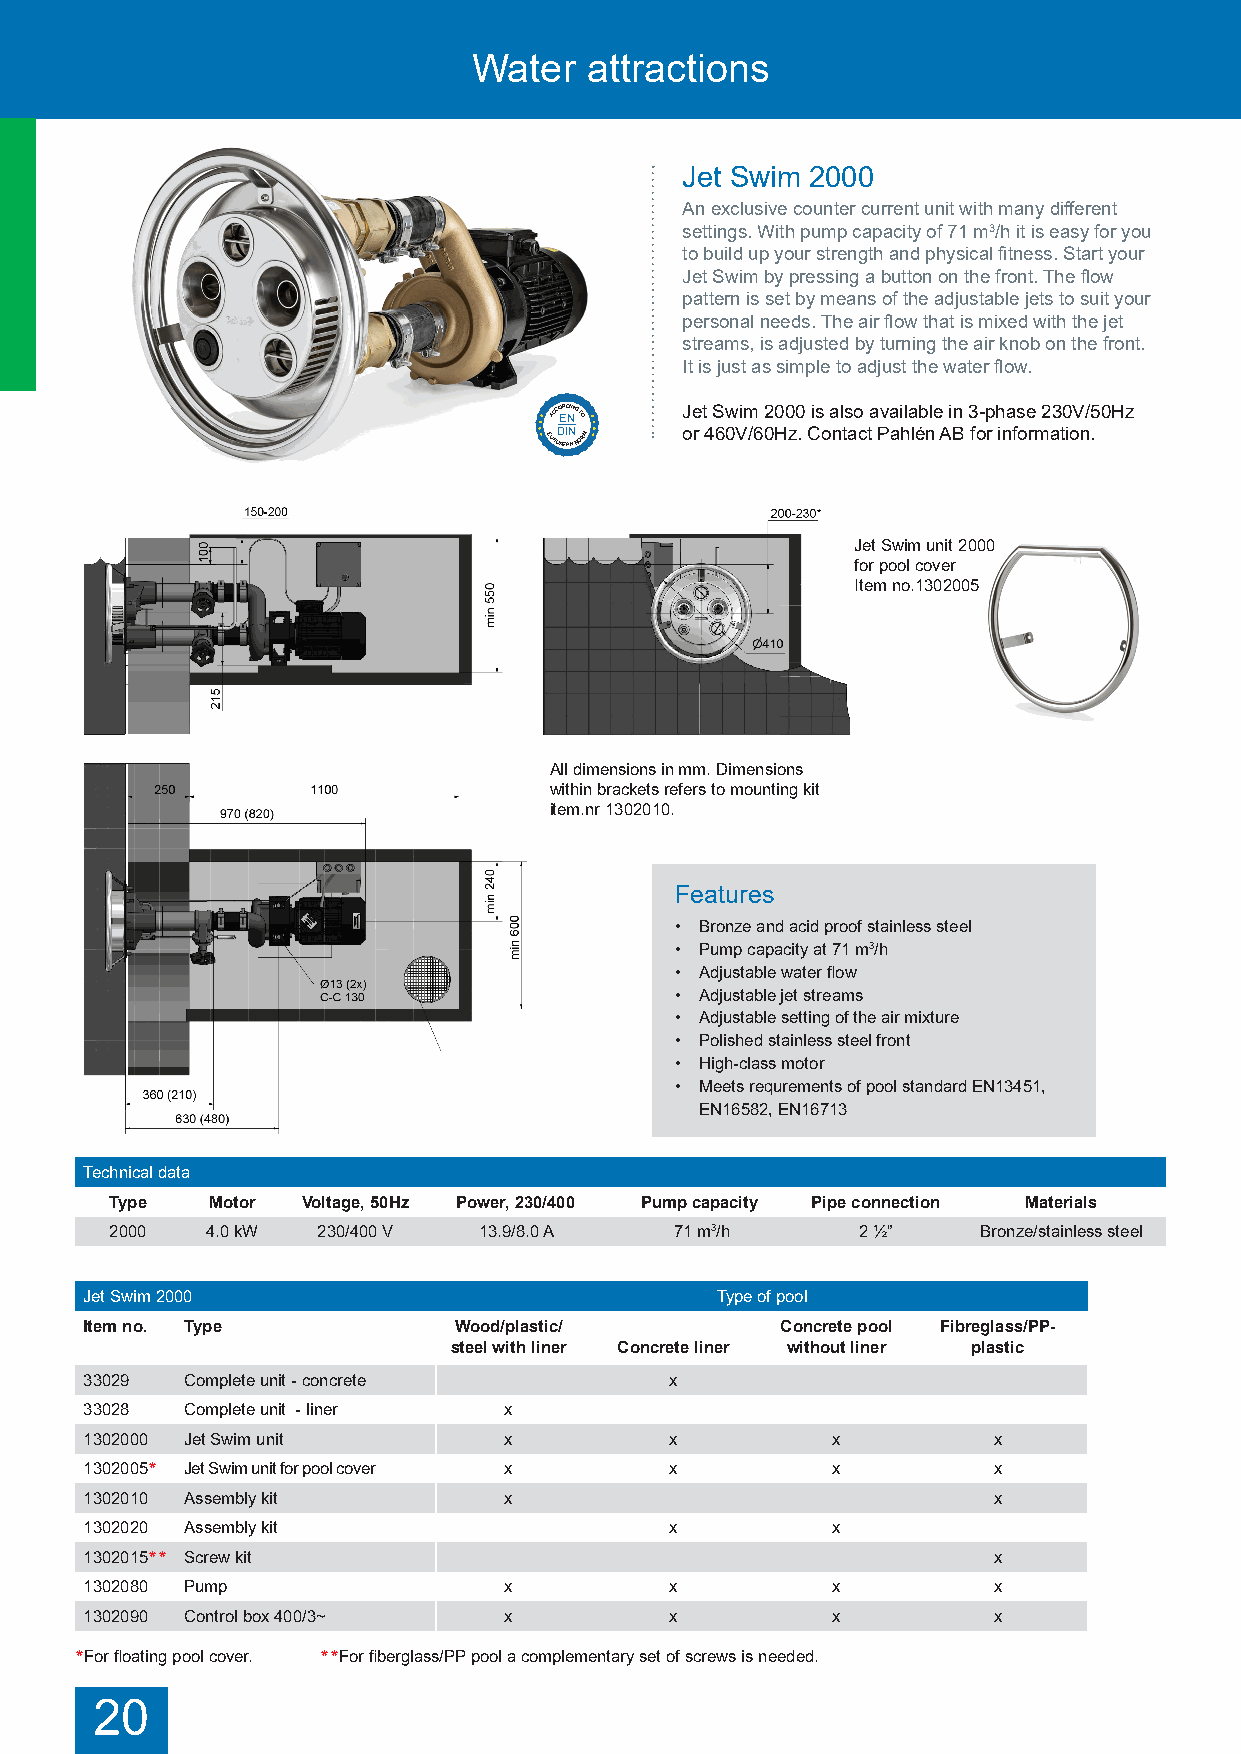
Water   attractions
 Jet Swim 2000
 An exclusive counter current unit with many different
 settings. With pump capacity of 71 m3/h it is easy for you
 to build up your strength and physical fitness. Start your
 Jet Swim by pressing a button on the front. The flow
 pattern is set by means of the adjustable jets to suit your
 personal needs. The air flow that is mixed with the jet
 streams, is adjusted by turning the air knob on the front.
 It is just as simple to adjust the water flow.
 E U
 A
 R
 C
 O
 C
 D P
 EO
 E
 R ID AN NI N
 N
 G NT O
 O RM
 J oe
 r
 t
 4
 S 6w 0Vim
 /6
 2 00 H0 z0
 .
 Cis
 o
 a nl ts ao
 c
 ta Pva ai hla léb nle
 A
 in
 B
 3 fo-p
 r
 h ina fs oe
 rm
 2 a3 t0 ioV n/5
 .
 0Hz
 Jet Swim unit 2000
 for pool cover
 Item no.1302005
 All dimensions in mm. Dimensions
 within brackets refers to mounting kit
 item.nr 1302010.
 Features
 • Bronze and acid proof stainless steel
 • Pump capacity at 71 m3/h
 • Adjustable water flow
 • Adjustable jet streams
 • Adjustable setting of the air mixture
 • Polished stainless steel front
 • High-class motor
 • Meets requrements of pool standard EN13451,
 EN16582, EN16713
 Technical data
 Type   Motor Voltage, 50Hz Power, 230/400 Pump capacity Pipe connection Materials
 2000   4.0 kW 230/400 V  13.9/8.0 A   71 m3/h     2 ½”    Bronze/stainless steel
 JAe tc oSmwpimle t2e0 J0e0t Swim consists of jet unit, assembly kit, pump and control box. Type of pool
 Item no. Type           Wood/plastic/         Concrete pool Fibreglass/PP-
 steel with liner Concrete liner without liner plastic
 33029 Complete unit - concrete        x
 33028 Complete unit - liner x
 1302000 Jet Swim unit      x          x          x          x
 1302005* Jet Swim unit for pool cover x x        x          x
 1302010 Assembly kit       x                                x
 1302020 Assembly kit                  x          x
 1302015** Screw kit                                         x
 1302080 Pump               x          x          x          x
 1302090 Control box 400/3~ x          x          x          x
 *For floating pool cover. **For fiberglass/PP pool a complementary set of screws is needed.
 20